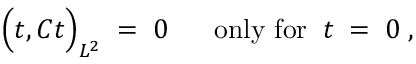
\Big ( t , C t \Big ) _ { L ^ { 2 } } \; = \; 0 \; \; \; \; \; \; \mathrm { o n l y ~ f o r } \; \; t \; = \; 0 \; ,